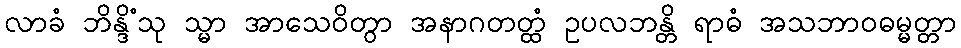
လာခံ ဘိန္ဒိံသု သ္မာ အာသေဝိတွာ အနာဂတတ္ထံ ဥပလဘန္တိ ရာဓံ အသဘာဝဓမ္မတ္တာ